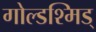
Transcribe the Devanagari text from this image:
गोल्डश्मिड्